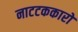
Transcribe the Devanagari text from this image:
नाटटककारों